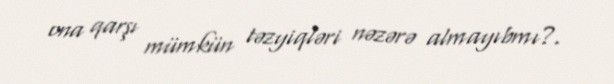
ona qarşı mümkün təzyiqləri nəzərə almayıbmı?.